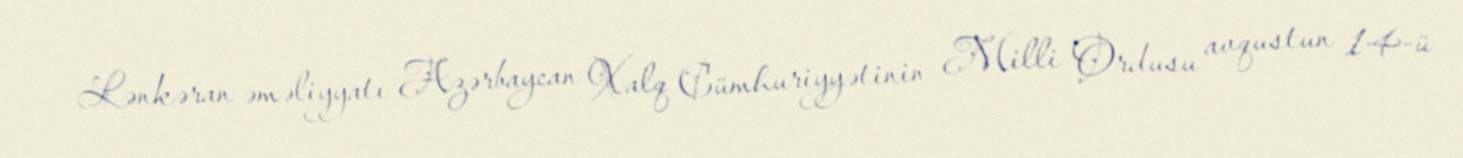
Lənkəran əməliyyatı Azərbaycan Xalq Cümhuriyyətinin Milli Ordusu avqustun 14-ü